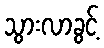
သွားလာခွင့်